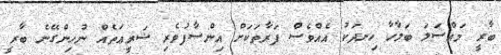
ބާރީ މައްސަލަ ބަލާހާ ހިނދަކު އެއްވެސް ފަރާތަކަށް އިންސާފުވެރި ޝަރީޢަތެއް ނުހިންގޭނެ ބާރީ